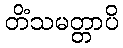
တိံသမတ္တာပိ